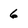
Character: 6